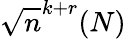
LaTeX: \sqrt{n}^{k+r}(N)